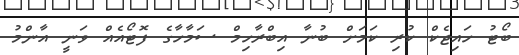
ބޯޓު ހައިޖެކް ކުރި ކަމަށް ބުނާ އިބްރާހިމް ސަމާހާގެ ފޮޓޯއެއް ވަނީ އާންމު